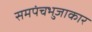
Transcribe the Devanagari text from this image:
समपंचभुजाकार